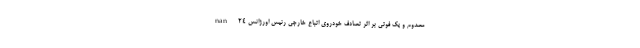
nan 24 مصدوم و یک فوتی بر اثر تصادف خودروی اتباع خارجی رئیس اورژانس